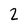
Character: 2